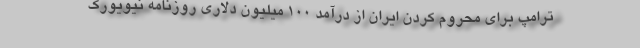
ترامپ برای محروم کردن ایران از درآمد 100 میلیون دلاری روزنامه نیویورک